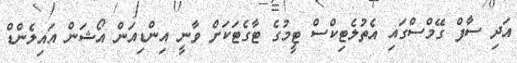
އަދި ސާފް ގޭމްސްގައި އެތުލެޓިކްސް ޓީމުގެ ޓާގެޓަކަށް ވާނީ އިންޑިއަން އޯޝަން އައިލެންޑް